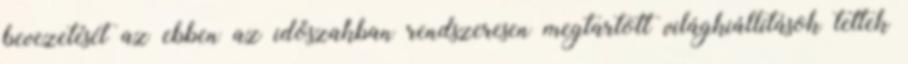
bevezetését az ebben az időszakban rendszeresen megtartott világkiállítások tettek